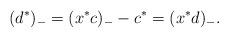
LaTeX: \begin{gather*}(d^{*})_{-}=(x^{*}c)_{-} -c^{*}=(x^{*}d)_{-}.\end{gather*}